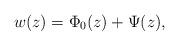
LaTeX: \begin{align*}w(z) = \Phi_0(z) + \Psi(z),\end{align*}